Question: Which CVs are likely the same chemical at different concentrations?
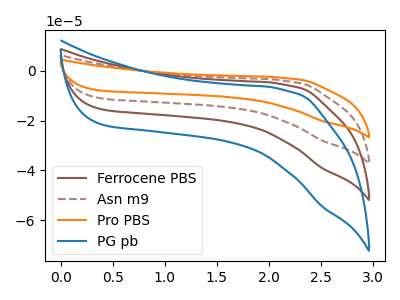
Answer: <think>The brown curve "Ferrocene PBS" has no peaks. The brown dashed curve "Asn m9" has no peaks. The orange curve "Pro PBS" has no peaks. The blue curve "PG pb" has no peaks.
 Neither "Ferrocene PBS" or "Asn m9" have any peaks. Neither "Ferrocene PBS" or "Pro PBS" have any peaks. Neither "Ferrocene PBS" or "PG pb" have any peaks. Neither "Asn m9" or "Pro PBS" have any peaks. Neither "Asn m9" or "PG pb" have any peaks. Neither "Pro PBS" or "PG pb" have any peaks.</think>
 <answer>"PG pb", "Ferrocene PBS", "Asn m9" and "Pro PBS" have the same shape and are likely CV's of the same chemical.</answer>
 <eval>"PG pb" "Ferrocene PBS" "Asn m9" "Pro PBS"</eval>